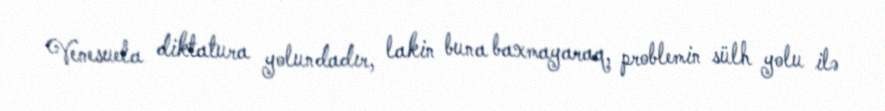
Venesuela diktatura yolundadır, lakin buna baxmayaraq, problemin sülh yolu ilə